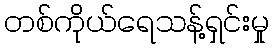
တစ်ကိုယ်ရေသန့်ရှင်းမှု